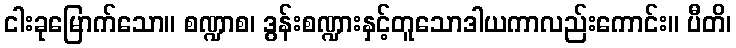
ငါးခုမြောက်သော။ စဏ္ဍာစ၊ ဒွန်းစဏ္ဍားနှင့်တူသောဒါယကာလည်းကောင်း။ ပီတိ၊